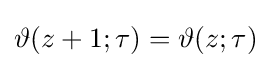
\vartheta (z+1;\tau )=\vartheta (z;\tau )